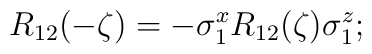
R_{12}(-\zeta)=-\sigma^x_1 R_{12}(\zeta)\sigma^z_1 ;